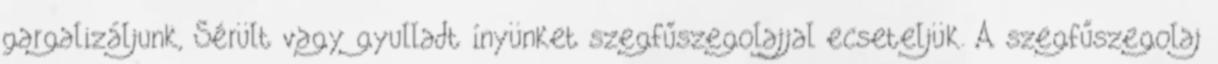
gargalizáljunk, Sérült vagy gyulladt ínyünket szegfűszegolajjal ecseteljük. A szegfűszegolaj